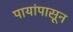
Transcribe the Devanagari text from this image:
पायांपासून